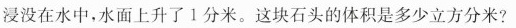
浸没在水中，水面上升了1分米。这块石头的体积是多少立方分米?